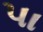
પા